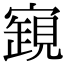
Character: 𧡧